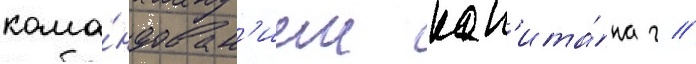
кома́ндован'ием кап'ита́на г //